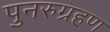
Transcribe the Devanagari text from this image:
पुनरुग्रहण